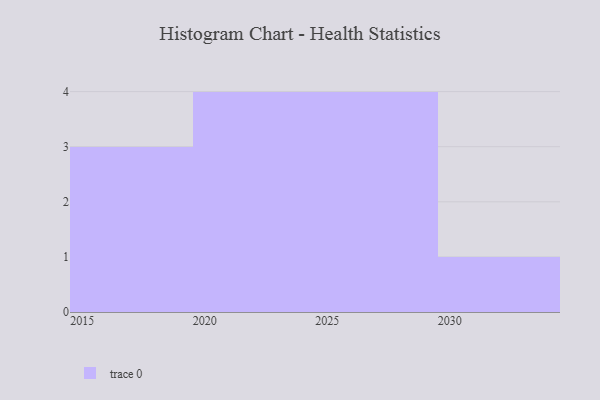
{"axis": {"x": "Year", "y": "Temperature (°C)"}, "legend": [""], "data": [{"x": "2028", "y": 61, "type": ""}, {"x": "2027", "y": 21, "type": ""}, {"x": "2030", "y": 74, "type": ""}, {"x": "2016", "y": 23, "type": ""}, {"x": "2029", "y": 97, "type": ""}, {"x": "2026", "y": 88, "type": ""}, {"x": "2020", "y": 28, "type": ""}, {"x": "2017", "y": 83, "type": ""}, {"x": "2018", "y": 99, "type": ""}, {"x": "2022", "y": 65, "type": ""}, {"x": "2024", "y": 87, "type": ""}, {"x": "2023", "y": 89, "type": ""}]}